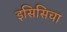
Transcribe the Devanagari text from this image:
इसिसिचा